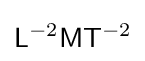
{\mathsf {L}}^{-2}{\mathsf {M}}{\mathsf {T}}^{-2}